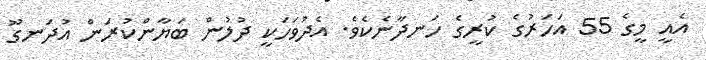
އެއީ މީގެ 55 އަހަރުގެ ކުރީގެ ހަނދާނެކެވެ. އެދުވަހަކީ ދުލުން ބަޔާންކުރަން އުދަނގޫ